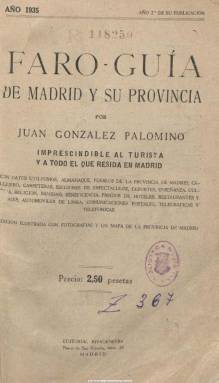
Título: Faro-guía de Madrid y su provincia
Otros títulos: Faro guía de Madrid y su provincia
Colección: Guías y directorios
Ámbito geográfico: Madrid
Lugar de publicación: Madrid
Fechas: 01/01/1935-31/12/1935

Anuario turístico (indica que es su segundo año en publicación), con datos e información sobre la capital y otros municipios de la provincia, con reseñas de carreteras, además de los lugares de espectáculos y deportes, centros de enseñanza, cultura, religión, sanidad y beneficencia, hospedaje, casinos y sociedades, oficinas oficiales y medios de transportes, precios de hoteles y restaurantes. Contiene índice por secciones y otro alfabético por voces. Comienza con un calendario, e inserta algunos fotograbados de edificios singulares, monumentos y vistas: Palacio Real, Palacio de Telecomunicaciones, Banco de España, Congreso de los Diputados, Puerta del Sol, Puerta de Alcalá, Plaza de Neptuno, Retiro, Paseo de la Moncloa, Paseo de San Antonio de la Florida, jardines de Aranjuez, monasterio de El Escorial, entre otros. También publica un plano de la provincia y otro del Metro de Madrid, así como un callejero. Inserta publicidad y supera las 270 páginas.